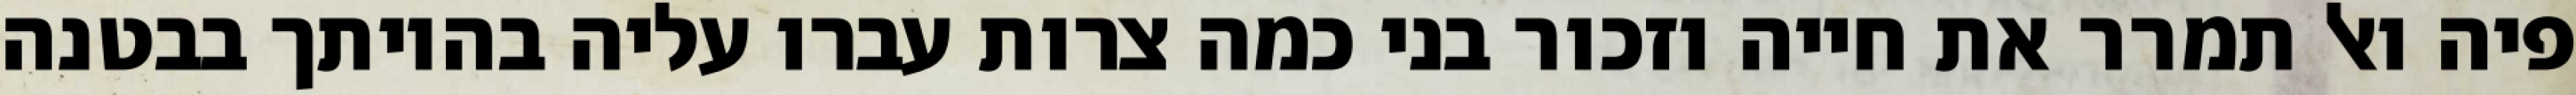
פיה ואל תמרר את חייה וזכור בני כמה צרות עברו עליה בהיותך בבטנה